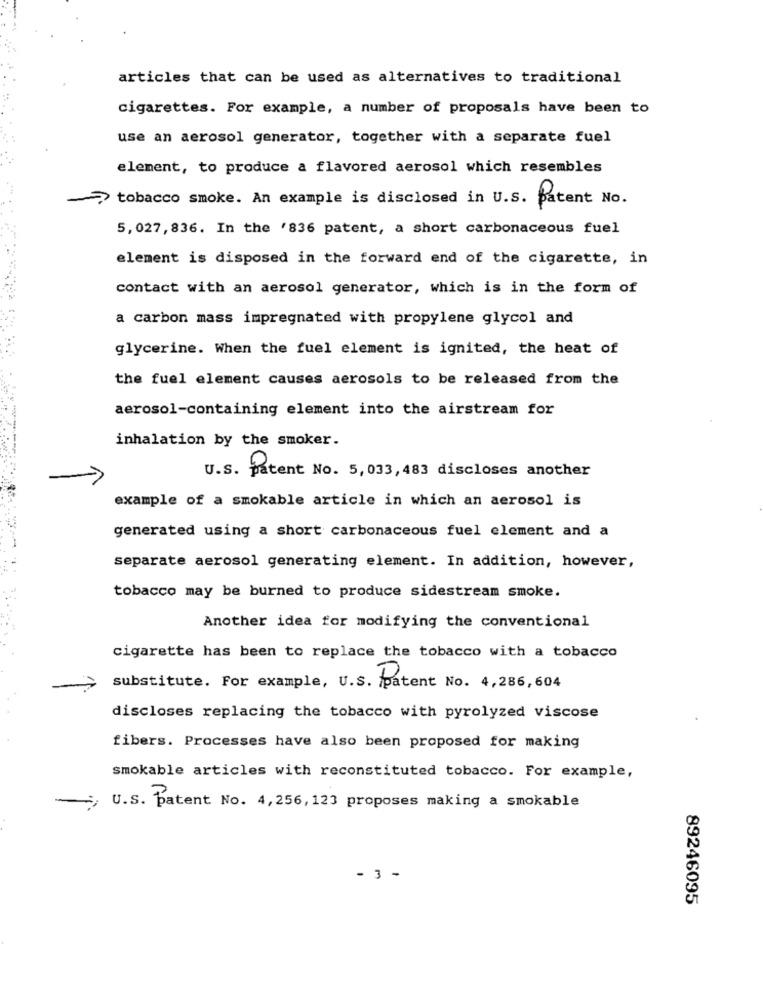
articles that can be used as alternatives to traditional
cigarettes. For example, a number of proposals have been to
use an aerosol generator, together with a separate fuel
element, to produce a flavored aerosol which resembles
> tobacco smoke. An example is disclosed in U.S. patent No.
5,027, 836. In the '836 patent, a short carbonaceous fuel
element is disposed in the forward end of the cigarette, in
contact with an aerosol generator, which is in the form of
a carbon mass impregnated with propylene glycol and
glycerine. When the fuel element is ignited, the heat of
the fuel element causes aerosols to be released from the
aerosol-containing element into the airstream for
inhalation by the smoker.
U.S. patent No. 5,033,483 discloses another
example of a smokable article in which an aerosol is
generated using a short carbonaceous fuel element and a
separate aerosol generating element. In addition, however,
tobacco may be burned to produce sidestream smoke.
Another idea for modifying the conventional
cigarette has been to replace the tobacco with a tobacco
substitute. For example, U.S. patent No. 4,286, 604
discloses replacing the tobacco with pyrolyzed viscose
fibers. Processes have also been proposed for making
smokable articles with reconstituted tobacco. For example,
-
U.S. patent No. 4,256, 123 proposes making a smokable
- 3 -
89246095